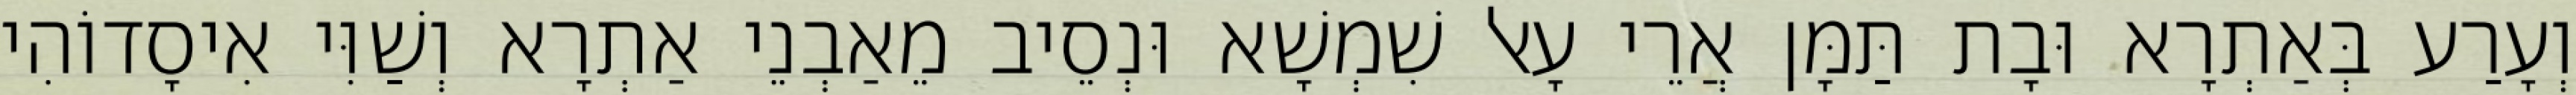
וְעָרַע בְּאַתְרָא וּבָת תַּמָּן אֲרֵי עָאל שִׁמְשָׁא וּנְסֵיב מֵאַבְנֵי אַתְרָא וְשַׁוִּי אִיסָדוֹהִי